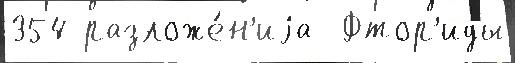
354 разложе́н'иjа  Фтор'иды